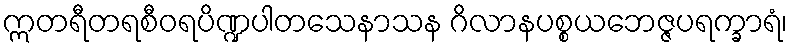
ဣတရီတရစီဝရပိဏ္ဍပါတသေနာသန ဂိလာနပစ္စယဘေဇ္ဇပရက္ခာရံ၊